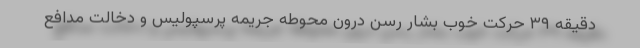
دقیقه ٣٩ حرکت خوب بشار رسن درون محوطه جریمه پرسپولیس و دخالت مدافع